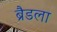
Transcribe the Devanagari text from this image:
ब्रैडला